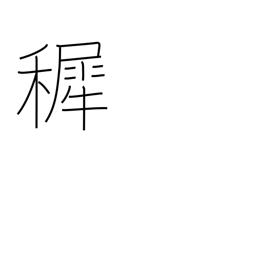
Meaning: infancy